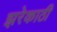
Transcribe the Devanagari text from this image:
झरेकाठी